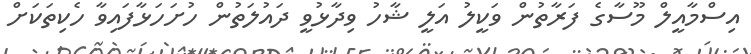
އިސްމާއީލް މޫސާގެ ފަރާތުން ވަކީލު އަލީ ޝާހު ވިދާޅުވީ ދައުލަތުން ހުށަހަޅާފައިވާ ހެކިތަކަށް